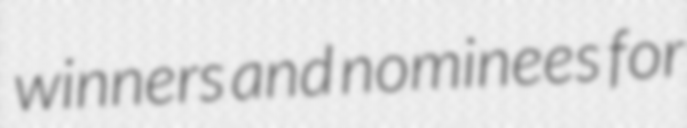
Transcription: winners and nominees for